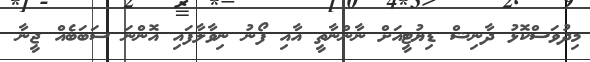
މިދުވަސްކޮޅު ދާނިޝް ޑިޔުޓީއަށް ނާންނާތީ އާއި ފޯނު ނިވާލާފައި އޮންނަ ސަބަބެއް ޖީނާ